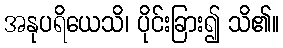
အနုပရိယေသိ၊ ပိုင်းခြား၍ သိ၏။